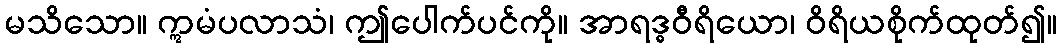
မသိသော။ ဣမံပလာသံ၊ ဤပေါက်ပင်ကို။ အာရဒ္ဓဝီရိယော၊ ဝိရိယစိုက်ထုတ်၍။